Annual report on the working of the lock hospitals in the North-Western Provinces and Oudh
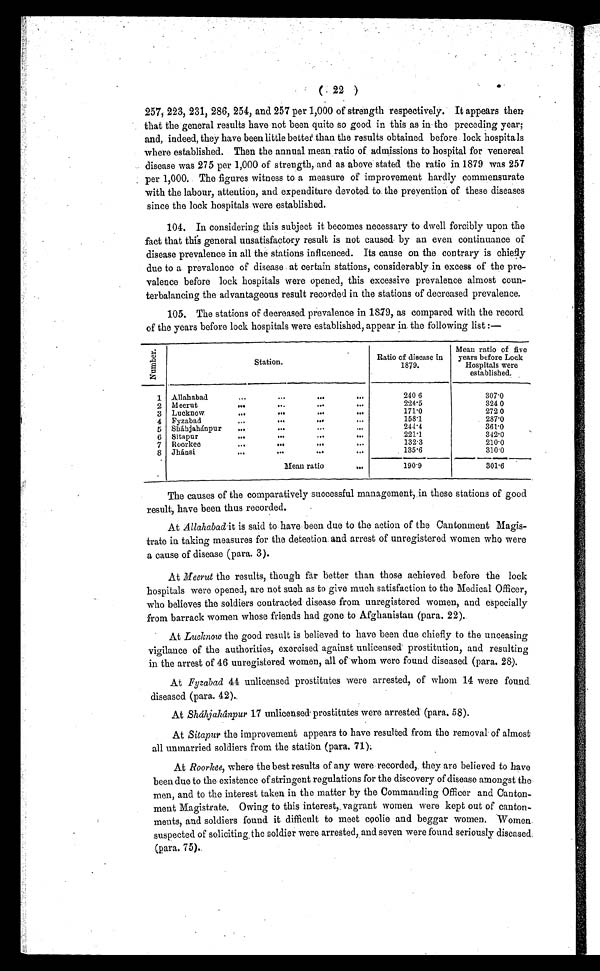
22 )
257, 223, 231, 286, 254, and 257 per 1,000 of strength respectively. It appears then
that the general results have not been quite so good in this as in the preceding year;
and, indeed, they have been little better than the results obtained before lock hospitals
where established. Then the annual mean ratio of admissions to hospital for venereal
disease was 275 per 1,000 of strength, and as above stated the ratio in 1879 was 257
per 1,000. The figures witness to a measure of improvement hardly commensurate
with the labour, attention, and expenditure devoted to the prevention of these diseases
since the lock hospitals were established.
104. In considering this subject it becomes necessary to dwell forcibly upon the
fact that this general unsatisfactory result is not caused by an even continuance of
disease prevalence in all the stations influenced. Its cause on the contrary is chiefly
due to a prevalence of disease at certain stations, considerably in excess of the pre-
valence before lock hospitals were opened, this excessive prevalence almost coun-
terbalancing the advantageous result recorded in the stations of decreased prevalence.
105. The stations of decreased prevalence in 1879, as compared with the record
of the years before lock hospitals were established, appear in the following list :—
N u m b e r .
Station.
Ratio of disease in
1879.
Mean ratio of five
years before Lock
Hospitals were
established.
1 Allahabad
... .... ...
240 6
307. 0
2 Meerut
... ... ... ...
224. 5
324 0
3 Lucknow. ... ... ... ...
171.0
272 0
4 Fyzabad
... ... ...
158.1
287. 0
5 Sháhjahánpur ... .... ... ...
244. 4
361. 0
6 Sitapur
...
... ... ...
221.1
3 4 2 . 0
7 Roorkee
... ... ...
132.3
210. 0
8 Jhánsi ... ... ... ...
135. 6
310. 0
Mean ratio . . .
190. 9
301. 6
The causes of the comparatively successful management, in these stations of good
result, have been thus recorded.
At Allahabad it is said to have been due to the action of the Cantonment Magis-
trate in taking measures for the detection and arrest of unregistered women who were
a cause of disease (para. 3).
At Meerut the results, though far better than those achieved before the lock
hospitals were opened, are not such as to give much satisfaction to the Medical Officer,
who believes the soldiers contracted disease from unregistered women, and especially
from barrack women whose friends had gone to Afghanistan (para. 22).
At Lucknow t he good resul t i s bel i eved t o have been due chi efl y t o t he unceasi ng
vigilance of the authorities, exercised against unlicensed;prostitution, and resulting
in the arrest of 46 unregistered women, all of whom were found diseased (para. 28).
At Fyzabad 44 unlicensed prostitutes were arrested, of whom 14 were found
diseased (para. 42).
At Sháhjahânpur 17 unlicensed prostitutes were arrested (para. 58).
At Sitapur the improvement appears to have resulted from the removal of almost
all unmarried soldiers from the station (para. 71).
At Roorkee, where the best results of any were recorded, they are believed to have
been due to the existence of stringent regulations for the discovery of disease amongst the
men, and to the interest taken in the matter by the Commanding Officer and Canton-
ment Magistrate. Owing to this interest, vagrant women were kept out of canton-
ment s, and sol di ers found i t di ffi cul t t o meet cool i e and beggar women. Women
suspected of soliciting the soldier were arrested, and seven were found seriously diseased.
(para. 75).